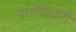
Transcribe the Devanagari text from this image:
नातवंडांनी